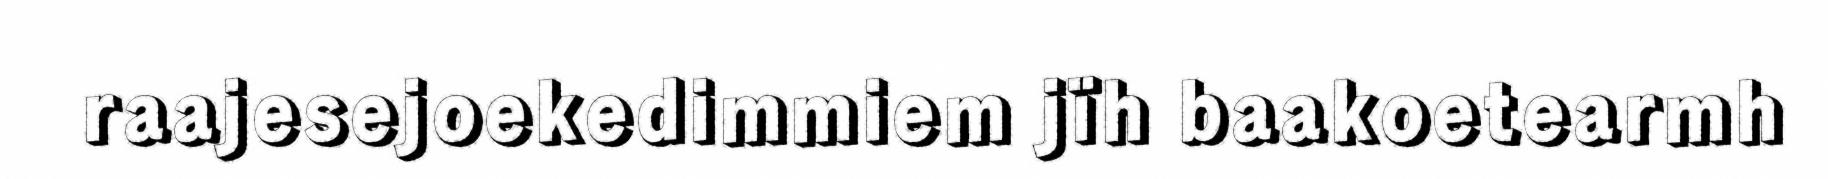
raajesejoekedimmiem jïh baakoetearmh